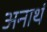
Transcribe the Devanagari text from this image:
अनाथं